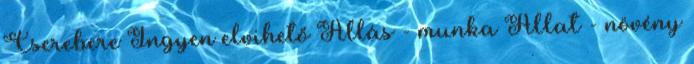
Cserebere Ingyen elvihető Állás - munka Állat - növény